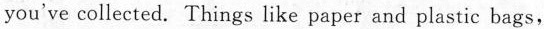
ou've collected. Things like paper and plastic bags,